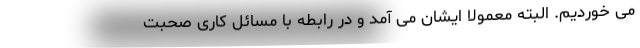
می خوردیم. البته معمولا ایشان می آمد و در رابطه با مسائل کاری صحبت